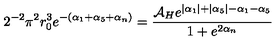
2 ^ { - 2 } \pi ^ { 2 } r _ { 0 } ^ { 3 } e ^ { - ( \alpha _ { 1 } + \alpha _ { 5 } + \alpha _ { n } ) } = \frac { { \cal A } _ { H } e ^ { | \alpha _ { 1 } | + | \alpha _ { 5 } | - \alpha _ { 1 } - \alpha _ { 5 } } } { 1 + e ^ { 2 \alpha _ { n } } }